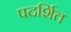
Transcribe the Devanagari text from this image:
पदर्शित